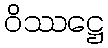
ဝိဿဋ္ဌေ